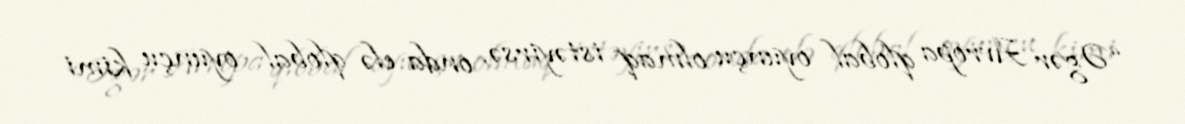
“Əgər Avropa qlobal oyunçu olmaq istəyirsə, onda elə qlobal oyunçu kimi